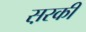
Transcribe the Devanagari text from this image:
स़रकी